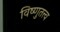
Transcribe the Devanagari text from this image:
विष्णुतत्त्व